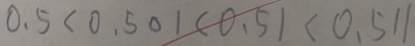
0 . 5 < 0 . 5 0 1 < 0 . 5 1 < 0 . 5 1 1